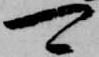
可